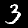
Label: 3